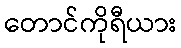
တောင်ကိုရီယား